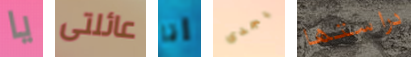
يا عائلتى أنا يجدى دراستها